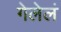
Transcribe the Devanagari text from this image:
गेलेलं